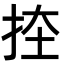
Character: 𭠨